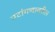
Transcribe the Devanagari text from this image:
पटांगणावरील